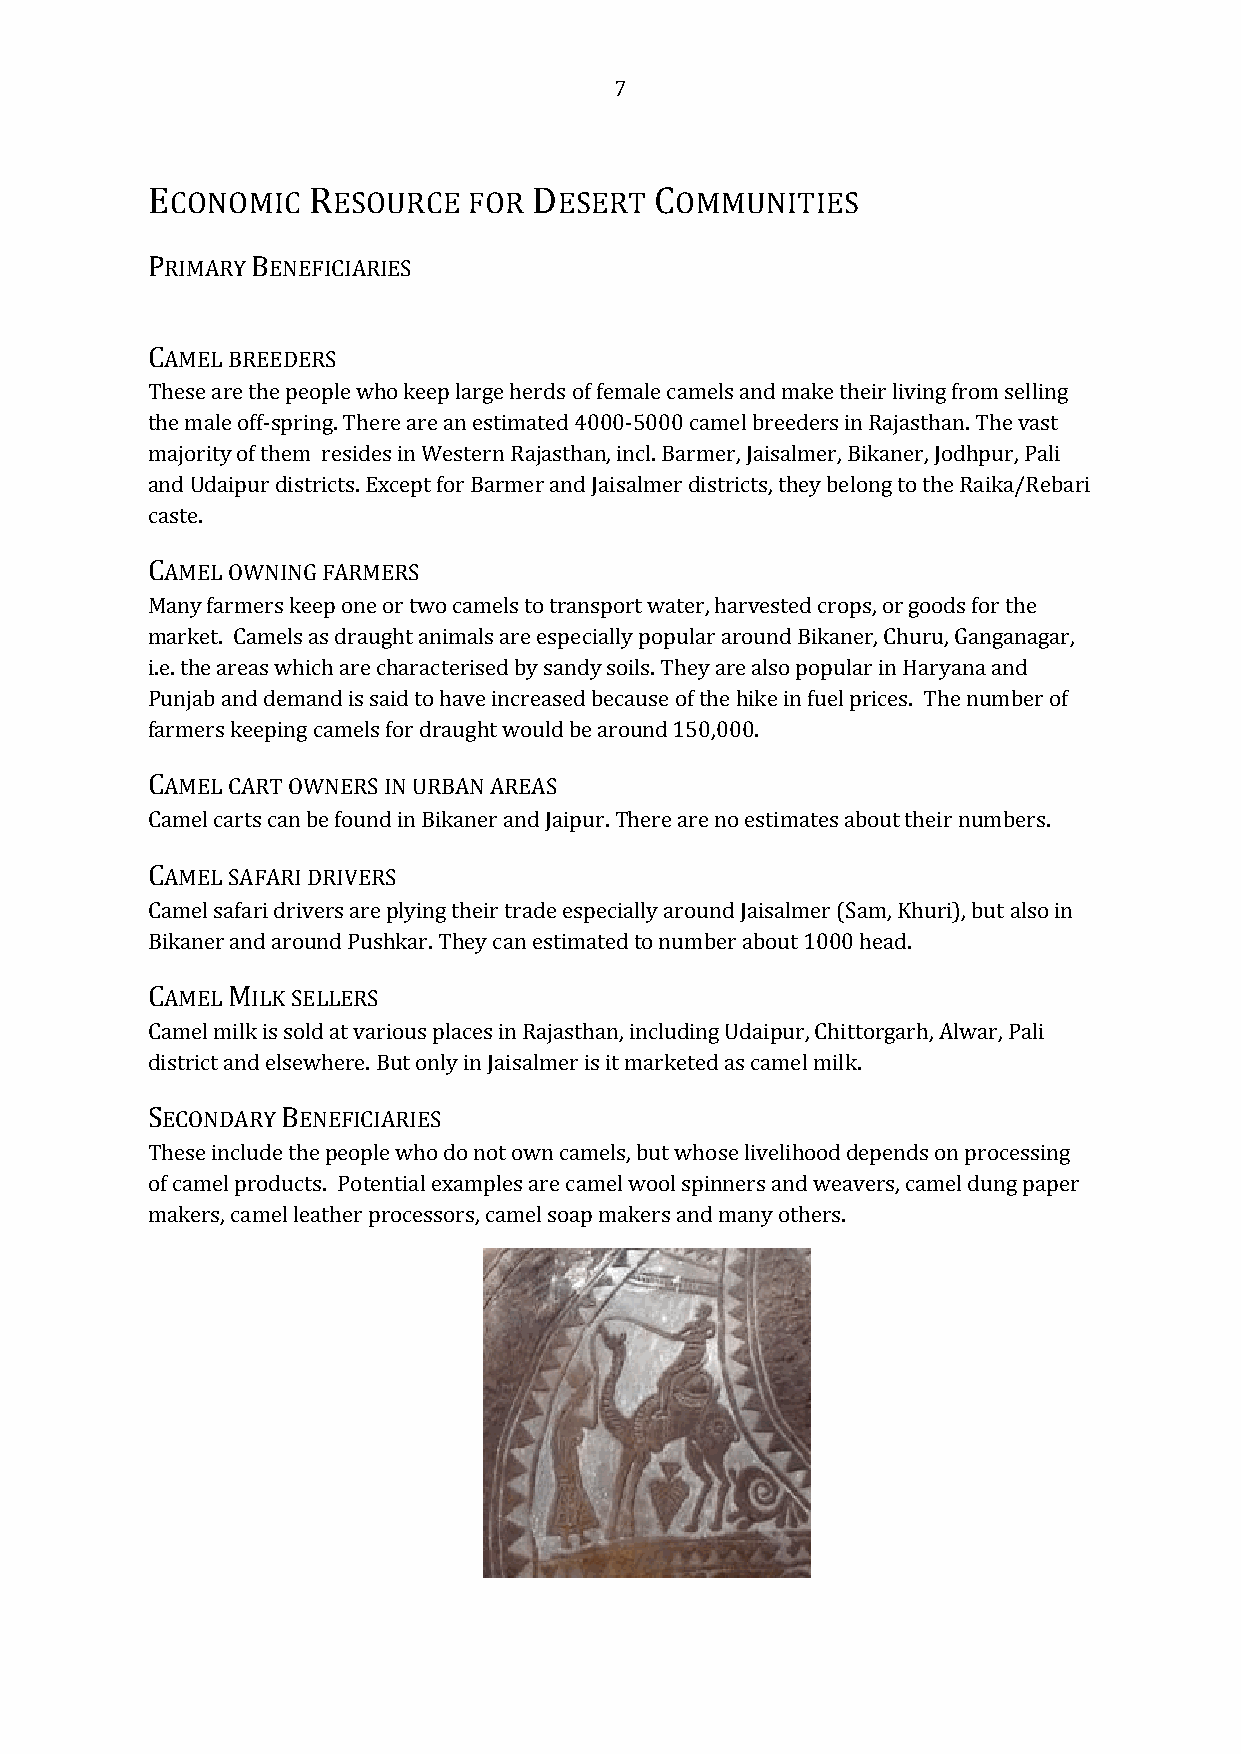
7
 ECONOMIC  RESOURCE   FOR DESERT  COMMUNITIES
 PRIMARY BENEFICIARIES
 CAMEL BREEDERS
 These are the people who keep large herds of female camels and make their living from selling
 the male off-spring. There are an estimated 4000-5000 camel breeders in Rajasthan. The vast
 majority of them resides in Western Rajasthan, incl. Barmer, Jaisalmer, Bikaner, Jodhpur, Pali
 and Udaipur districts. Except for Barmer and Jaisalmer districts, they belong to the Raika/Rebari
 caste.
 CAMEL OWNING FARMERS
 Many farmers keep one or two camels to transport water, harvested crops, or goods for the
 market. Camels as draught animals are especially popular around Bikaner, Churu, Ganganagar,
 i.e. the areas which are characterised by sandy soils. They are also popular in Haryana and
 Punjab and demand is said to have increased because of the hike in fuel prices. The number of
 farmers keeping camels for draught would be around 150,000.
 CAMEL CART OWNERS IN URBAN AREAS
 Camel carts can be found in Bikaner and Jaipur. There are no estimates about their numbers.
 CAMEL SAFARI DRIVERS
 Camel safari drivers are plying their trade especially around Jaisalmer (Sam, Khuri), but also in
 Bikaner and around Pushkar. They can estimated to number about 1000 head.
 CAMEL MILK SELLERS
 Camel milk is sold at various places in Rajasthan, including Udaipur, Chittorgarh, Alwar, Pali
 district and elsewhere. But only in Jaisalmer is it marketed as camel milk.
 SECONDARY BENEFICIARIES
 These include the people who do not own camels, but whose livelihood depends on processing
 of camel products. Potential examples are camel wool spinners and weavers, camel dung paper
 makers, camel leather processors, camel soap makers and many others.